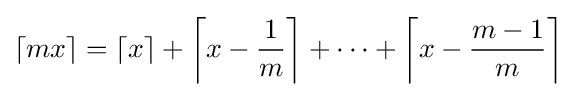
\lceil mx\rceil =\left\lceil x\right\rceil +\left\lceil x-{\frac {1}{m}}\right\rceil +\dots +\left\lceil x-{\frac {m-1}{m}}\right\rceil